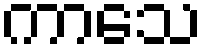
ကာသေ